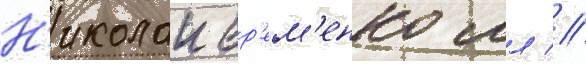
Н'иколаи ер'ем'енко мл //